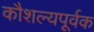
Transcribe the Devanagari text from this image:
कौशल्यपूर्वक